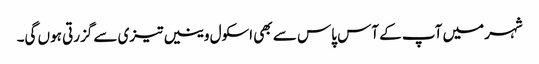
شہر میں آپ کے آس پاس سے بھی اسکول وینیں تیزی سے گزرتی ہوں گی۔